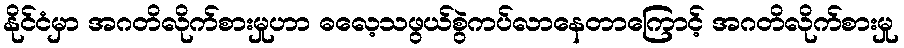
နိုင်ငံမှာ အဂတိလိုက်စားမှုဟာ ဓလေ့သဖွယ်စွဲကပ်လာနေတာကြောင့် အဂတိလိုက်စားမှု